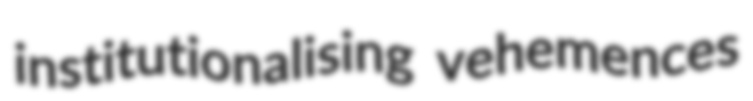
institutionalising vehemences